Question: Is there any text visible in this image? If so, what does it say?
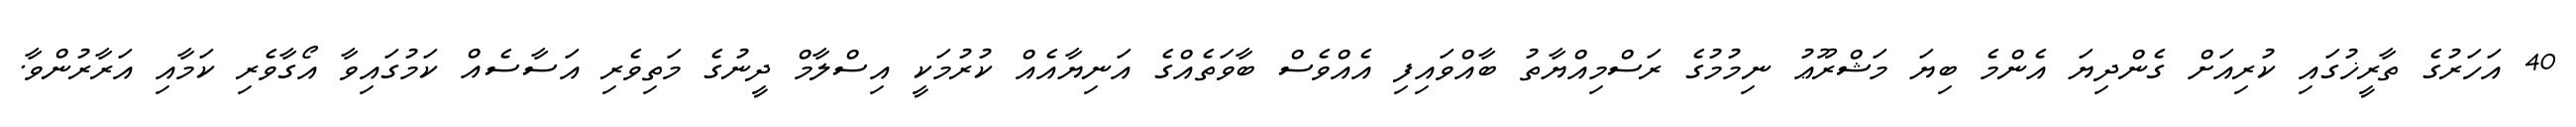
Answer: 40 އަހަރުގެ ތާރީޚުގައި ކުރިއަށް ގެންދިޔަ އެންމެ ބިޔަ މަޝްރޫޢު ނިމުމުގެ ރަސްމިއްޔާތު ބާއްވައިފި އެއްވެސް ބާވަތެއްގެ އަނިޔާއެއް ކުރުމަކީ އިސްލާމް ދީނުގެ މަތިވެރި އަސާސެއް ކަމުގައިވާ އޯގާވެރި ކަމާއި އަރާރުންވާ.